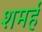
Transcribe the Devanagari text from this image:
शमर्ह